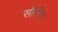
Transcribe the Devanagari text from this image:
सौरीन